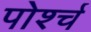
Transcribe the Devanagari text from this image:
पोर्श्च